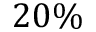
2 0 \%